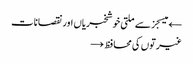
← میسجز سے ملتی خوشخبریاں اور نقصانات
غیرتوں کی محافظ →